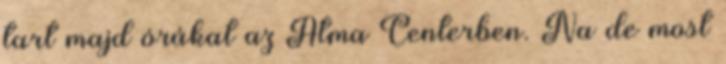
tart majd órákat az Atma Centerben. Na de most